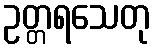
ဥတ္တရသေတု